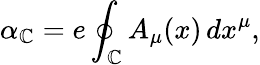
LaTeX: \alpha_{\mathbb{C}}=e\oint_{\mathbb{C}}A_{\mu}(x)\, dx^{\mu},